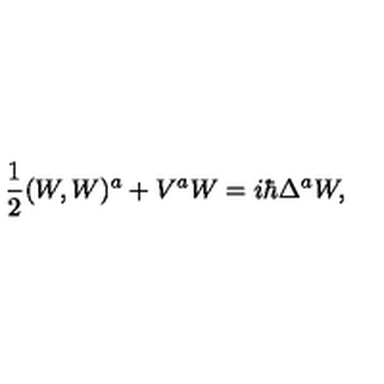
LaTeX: \frac { 1 } { 2 } ( W , W ) ^ { a } + V ^ { a } W = i \hbar \Delta ^ { a } W ,